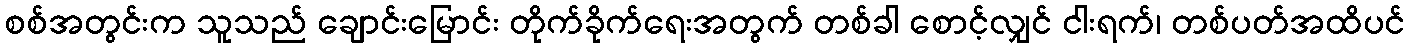
စစ်အတွင်းက သူသည် ချောင်းမြောင်း တိုက်ခိုက်ရေးအတွက် တစ်ခါ စောင့်လျှင် ငါးရက်၊ တစ်ပတ်အထိပင်